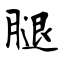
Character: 腿